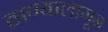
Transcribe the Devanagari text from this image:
ठाण्यालागून